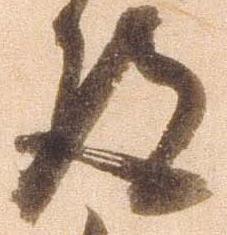
得